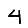
Digit: 4